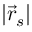
| { \vec { r } } _ { s } |